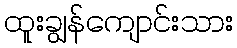
ထူးချွန်ကျောင်းသား